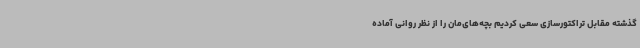
گذشته مقابل تراکتورسازی سعی کردیم بچه‌های‌مان را از نظر روانی آماده